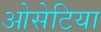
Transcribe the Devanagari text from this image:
ओसेटिया